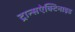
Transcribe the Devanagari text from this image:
ट्रान्सऐक्टिनाइड